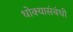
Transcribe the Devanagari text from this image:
धोक्यासंबंधी